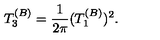
T _ { 3 } ^ { ( B ) } = { \frac { 1 } { 2 \pi } } ( T _ { 1 } ^ { ( B ) } ) ^ { 2 } .